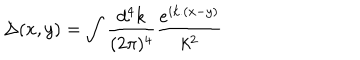
\Delta ( x , y ) = \int \frac { d ^ { 4 } k } { ( 2 \pi ) ^ { 4 } } \frac { e ^ { i k . ( x - y ) } } { k ^ { 2 } }